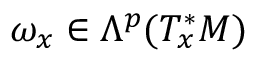
\omega _ { x } \in \Lambda ^ { p } ( T _ { x } ^ { * } M )